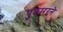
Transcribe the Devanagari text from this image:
पुकाररने